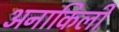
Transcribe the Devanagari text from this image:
अनाकिली